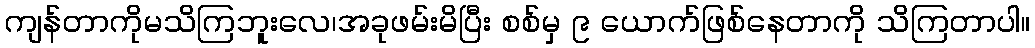
ကျန်တာကိုမသိကြဘူးလေ၊အခုဖမ်းမိပြီး စစ်မှ ၉ ယောက်ဖြစ်နေတာကို သိကြတာပါ။